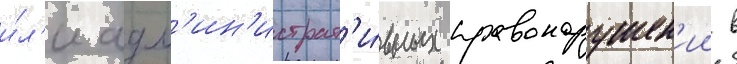
и́л'и адм'ин'истрат'и́вных правонарушен'ии в